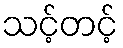
သင့်တင့်